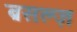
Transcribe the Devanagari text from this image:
ब्रसल्ज़